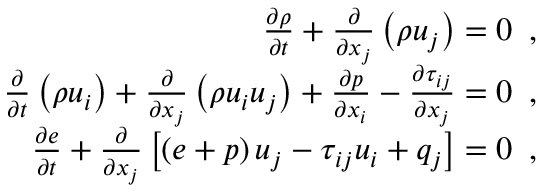
\begin{array} { r } { \frac { \partial \rho } { \partial t } + \frac { \partial } { \partial x _ { j } } \left( \rho u _ { j } \right) = 0 \, \mathrm { ~ , ~ } } \\ { \frac { \partial } { \partial t } \left( \rho u _ { i } \right) + \frac { \partial } { \partial x _ { j } } \left( \rho u _ { i } u _ { j } \right) + \frac { \partial p } { \partial x _ { i } } - \frac { \partial \tau _ { i j } } { \partial x _ { j } } = 0 \, \mathrm { ~ , ~ } } \\ { \frac { \partial e } { \partial t } + \frac { \partial } { \partial x _ { j } } \left[ \left( e + p \right) u _ { j } - \tau _ { i j } u _ { i } + q _ { j } \right] = 0 \, \mathrm { ~ , ~ } } \end{array}